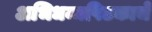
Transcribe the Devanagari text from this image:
अभिधम्मपिटकाचे